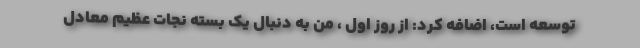
توسعه است، اضافه کرد: از روز اول ، من به دنبال یک بسته نجات عظیم معادل